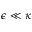
\epsilon \ll \kappa